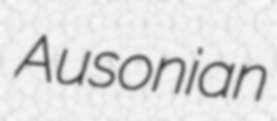
Ausonian